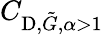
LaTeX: C_{\textup{D},\tilde{G},\alpha>1}